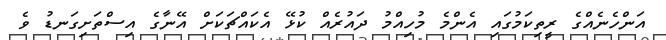
އަންހެނެއްގެ ރީތިކަމުގައި އެންމެ މުހިއްމު ދައުރެއް ކުޅޭ އެކައްޗަކަށް އޭނާގެ އިސްތަށިގަނޑު ވެ